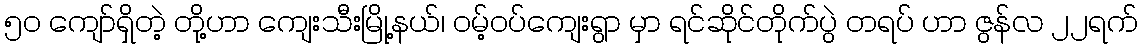
၅ဝ ကျော်ရှိတဲ့ တို့ဟာ ကျေးသီးမြို့နယ်၊ ဝမ့်ဝပ်ကျေးရွာ မှာ ရင်ဆိုင်တိုက်ပွဲ တရပ် ဟာ ဇွန်လ ၂၂ရက်